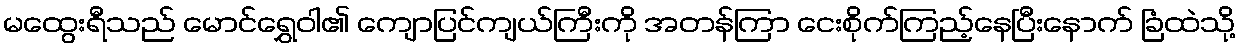
မထွေးရီသည် မောင်ရွှေဝါ၏ ကျောပြင်ကျယ်ကြီးကို အတန်ကြာ ငေးစိုက်ကြည့်နေပြီးနောက် ခြံထဲသို့